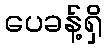
ပေခန့်ရှိ